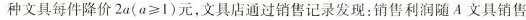
种文具每件降价$$2 a ( a ≥ 1 )$$元，文具店通过销售记录发现：销售利润随 A 文具销售